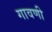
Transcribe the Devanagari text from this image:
गावणी